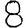
Digit: 8